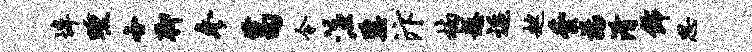
埠曛各聊参葛令注鼐汴楠悬逅趑芸扬淆饰思